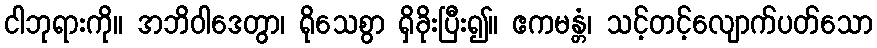
ငါဘုရားကို။ အဘိဝါဒေတွာ၊ ရိုသေစွာ ရှိခိုးပြီး၍။ ဧကမန္တံ၊ သင့်တင့်လျောက်ပတ်သော